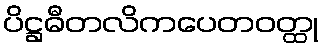
ပိဋ္ဌဓီတလိကပေတဝတ္ထု